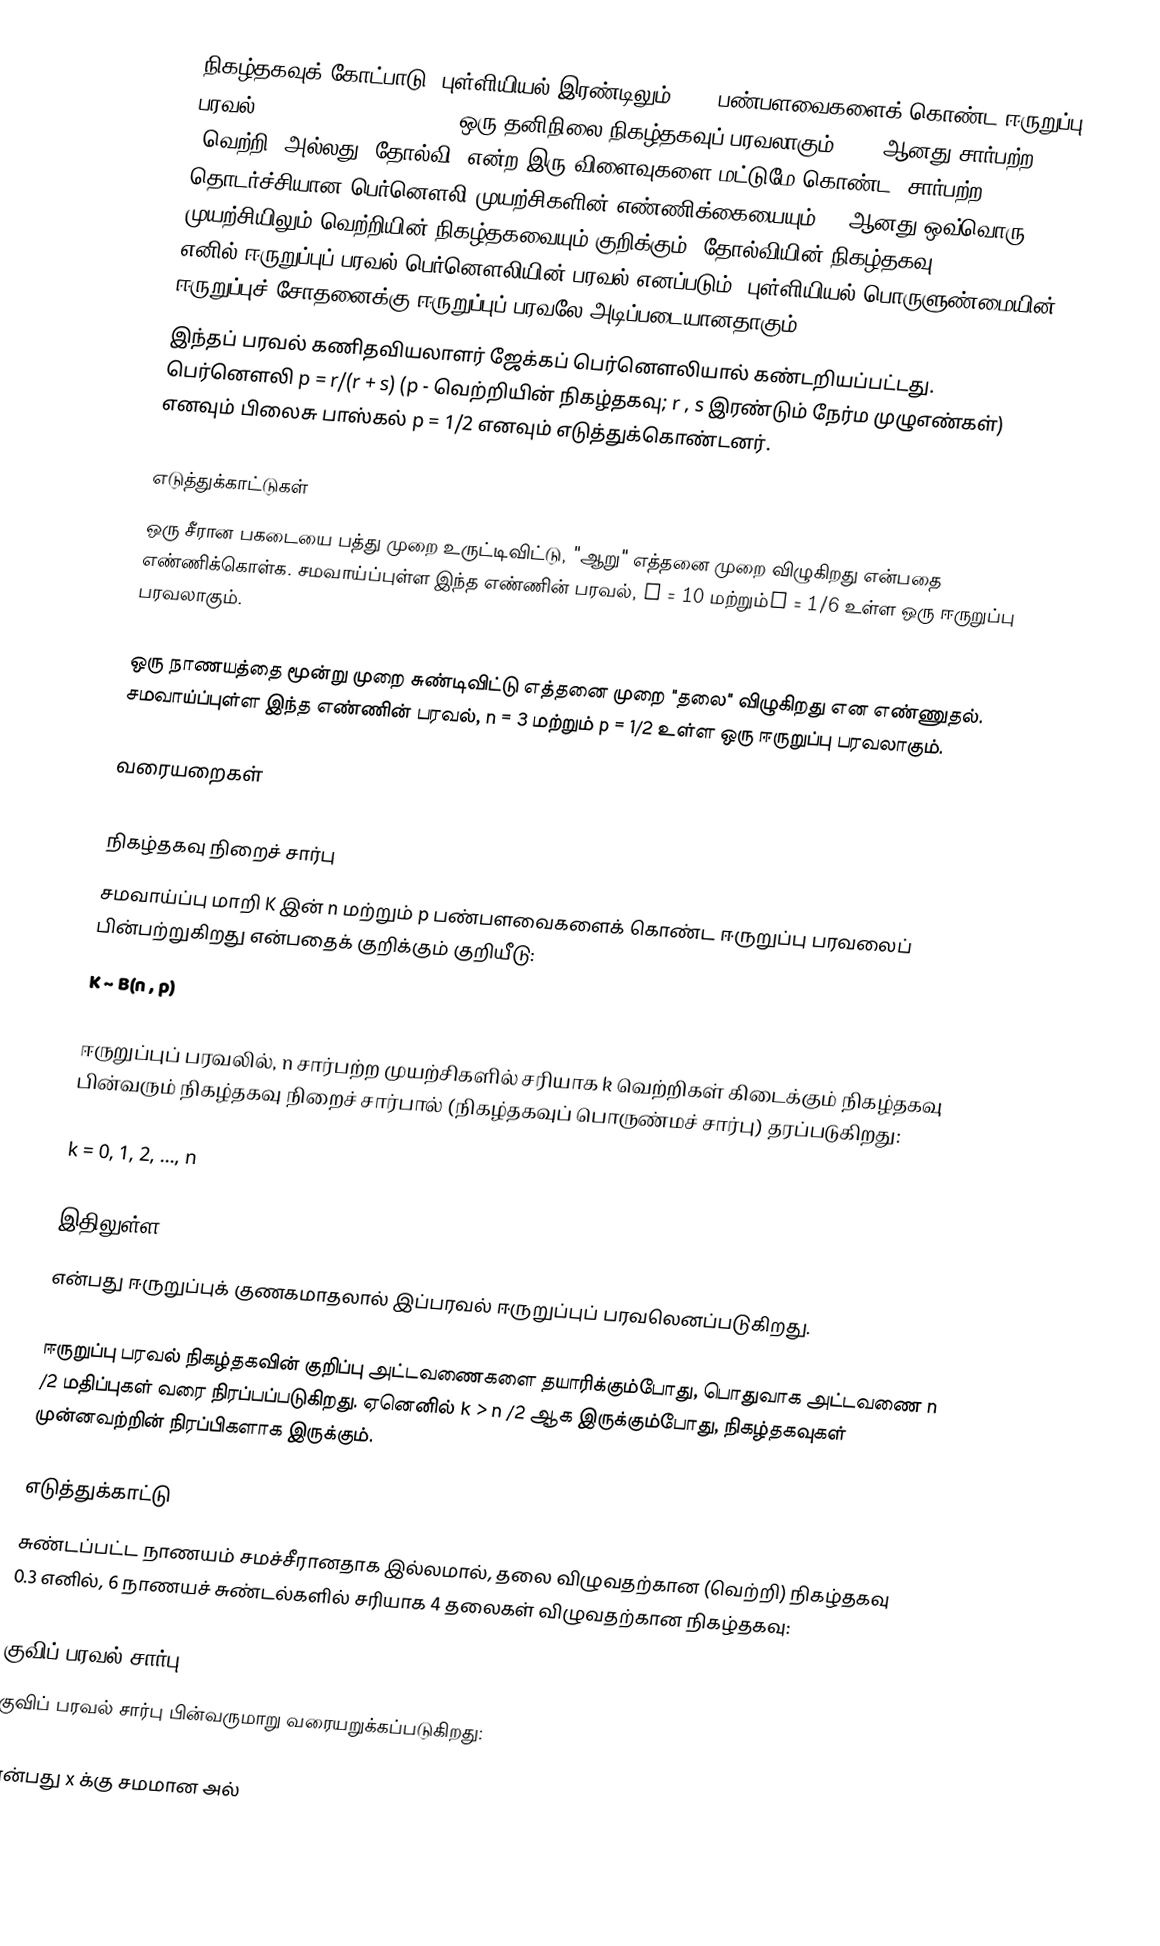
நிகழ்தகவுக் கோட்பாடு, புள்ளியியல் இரண்டிலும் n, p பண்பளவைகளைக் கொண்ட ஈருறுப்பு பரவல் (binomial distribution) ஒரு தனிநிலை நிகழ்தகவுப் பரவலாகும். n - ஆனது சார்பற்ற, "வெற்றி" அல்லது "தோல்வி" என்ற இரு விளைவுகளை மட்டுமே கொண்ட, சார்பற்ற, தொடர்ச்சியான பெர்னௌலி முயற்சிகளின் எண்ணிக்கையையும், p ஆனது ஒவ்வொரு முயற்சியிலும் வெற்றியின் நிகழ்தகவையும் குறிக்கும் (தோல்வியின் நிகழ்தகவு ()). n = 1, எனில் ஈருறுப்புப் பரவல் பெர்னௌலியின் பரவல் எனப்படும். புள்ளியியல் பொருளுண்மையின் ஈருறுப்புச் சோதனைக்கு ஈருறுப்புப் பரவலே அடிப்படையானதாகும்
இந்தப் பரவல் கணிதவியலாளர் ஜேக்கப் பெர்னெளலியால் கண்டறியப்பட்டது. பெர்னௌலி p = r/(r + s) (p - வெற்றியின் நிகழ்தகவு; r , s இரண்டும் நேர்ம முழுஎண்கள்) எனவும் பிலைசு பாஸ்கல் p = 1/2 எனவும் எடுத்துக்கொண்டனர்.

எடுத்துக்காட்டுகள்
ஒரு சீரான பகடையை பத்து முறை உருட்டிவிட்டு, "ஆறு" எத்தனை முறை விழுகிறது என்பதை எண்ணிக்கொள்க. சமவாய்ப்புள்ள இந்த எண்ணின் பரவல், n = 10 மற்றும்p = 1/6 உள்ள ஒரு ஈருறுப்பு பரவலாகும்.

 ஒரு நாணயத்தை மூன்று முறை சுண்டிவிட்டு எத்தனை முறை "தலை" விழுகிறது என எண்ணுதல். சமவாய்ப்புள்ள இந்த எண்ணின் பரவல், n = 3 மற்றும் p = 1/2 உள்ள ஒரு ஈருறுப்பு பரவலாகும்.

வரையறைகள்

நிகழ்தகவு நிறைச் சார்பு
சமவாய்ப்பு மாறி K இன் n மற்றும் p பண்பளவைகளைக் கொண்ட ஈருறுப்பு பரவலைப் பின்பற்றுகிறது என்பதைக் குறிக்கும் குறியீடு:
K ~ B(n , p)

ஈருறுப்புப் பரவலில், n சார்பற்ற முயற்சிகளில் சரியாக k வெற்றிகள் கிடைக்கும் நிகழ்தகவு பின்வரும் நிகழ்தகவு நிறைச் சார்பால் (நிகழ்தகவுப் பொருண்மச் சார்பு) தரப்படுகிறது:

 k = 0, 1, 2, ..., n

இதிலுள்ள
 என்பது ஈருறுப்புக் குணகமாதலால் இப்பரவல் ஈருறுப்புப் பரவலெனப்படுகிறது.

ஈருறுப்பு பரவல் நிகழ்தகவின் குறிப்பு அட்டவணைகளை தயாரிக்கும்போது, பொதுவாக அட்டவணை n /2 மதிப்புகள் வரை நிரப்பப்படுகிறது. ஏனெனில் k > n /2 ஆக இருக்கும்போது, நிகழ்தகவுகள் முன்னவற்றின் நிரப்பிகளாக இருக்கும்.

எடுத்துக்காட்டு
சுண்டப்பட்ட நாணயம் சமச்சீரானதாக இல்லமால், தலை விழுவதற்கான (வெற்றி) நிகழ்தகவு 0.3 எனில், 6 நாணயச் சுண்டல்களில் சரியாக 4 தலைகள் விழுவதற்கான நிகழ்தகவு:

குவிப் பரவல் சார்பு
குவிப் பரவல் சார்பு பின்வருமாறு வரையறுக்கப்படுகிறது:

 என்பது x க்கு சமமான அல்